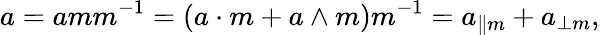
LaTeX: a=amm^{-1}=(a\cdot m+a\wedge m)m^{-1}=a_{\| m}+a_{\perp m},